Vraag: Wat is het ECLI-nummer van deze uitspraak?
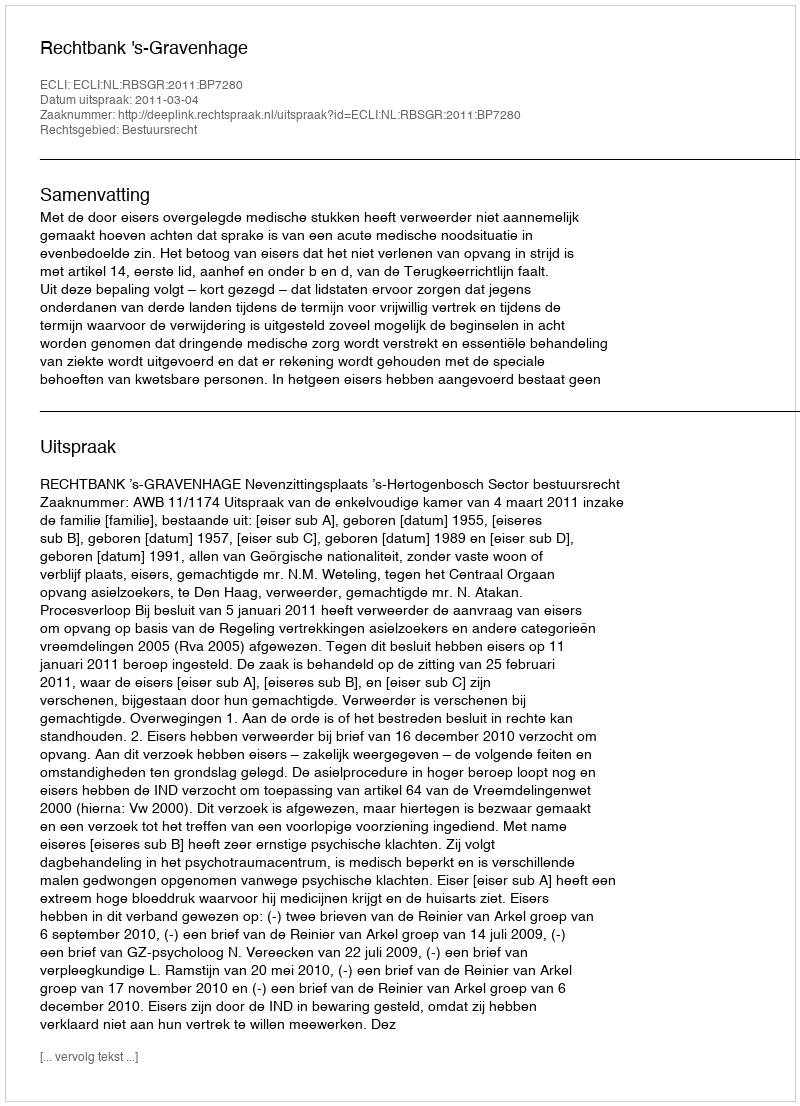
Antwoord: ECLI:NL:RBSGR:2011:BP7280